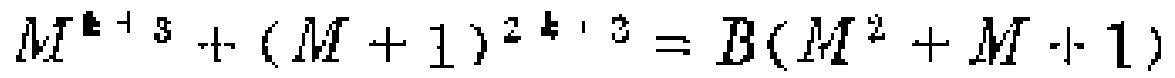
$M^{k + 3}+(M + 1)^{2k + 3}=B(M^{2}+M + 1)$